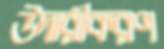
উদারীকরণ